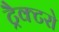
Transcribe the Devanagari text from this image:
ट्रैक्टरो